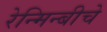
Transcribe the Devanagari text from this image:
रेन्मिन्बीचे